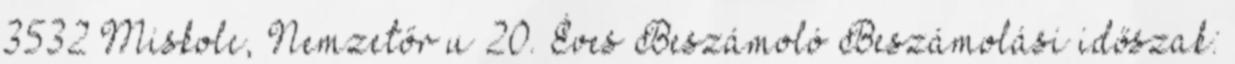
3532 Miskolc, Nemzetőr u 20. Éves Beszámoló Beszámolási időszak: